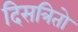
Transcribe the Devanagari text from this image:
दिसत्रितो